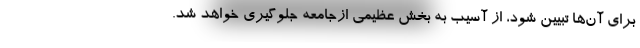
برای آن‌ها تبیین شود، از آسیب به بخش عظیمی ازجامعه جلوگیری خواهد شد.